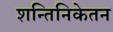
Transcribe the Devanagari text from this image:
शन्तिनिकेतन